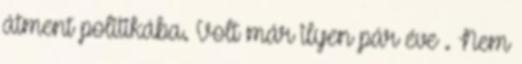
átment politikába. Volt már ilyen pár éve . Nem